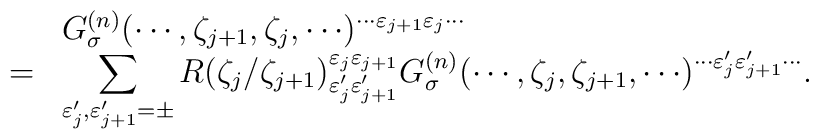
\begin{array}{cl}&G_{\sigma}^{(n)} (\cdots,\zeta_{j+1},\zeta_j,\cdots)^{\cdots \varepsilon_{j+1}\varepsilon_j \cdots} \\=&\displaystyle\sum_{\varepsilon'_j, \varepsilon'_{j+1}=\pm} R(\zeta_j/\zeta_{j+1})^{\varepsilon_j \varepsilon_{j+1}}_{\varepsilon'_j \varepsilon'_{j+1}}G_{\sigma}^{(n)} (\cdots,\zeta_j,\zeta_{j+1},\cdots)^{\cdots \varepsilon'_{j}\varepsilon'_{j+1} \cdots}. \end{array}